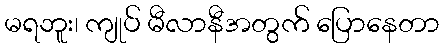
မရဘူး၊ ကျုပ် မီလာနီအတွက် ပြောနေတာ